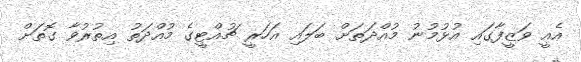
އެއީ ވަޒީފާގައި އުޅުމުނު މުއްދަތަށް ބަލައި އަހަރީ ޗުއްޓީގެ މުއްދަތު އިތުރުވާ ގޮތަށް